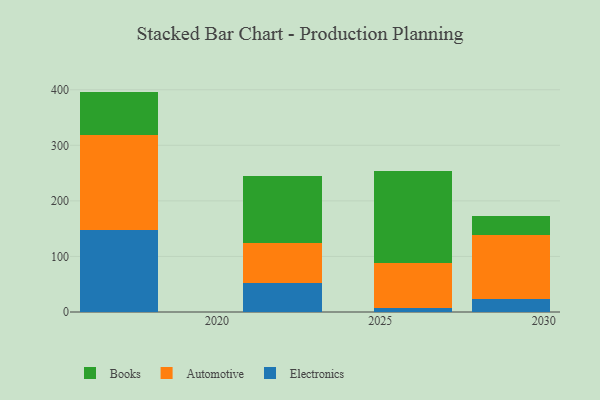
{"axis": {"x": "Year", "y": "Energy Usage (MWh)"}, "legend": ["Automotive", "Books", "Electronics"], "data": [{"x": "2017", "y": 147.6, "type": "Electronics"}, {"x": "2017", "y": 171.8, "type": "Automotive"}, {"x": "2017", "y": 77.3, "type": "Books"}, {"x": "2029", "y": 23.0, "type": "Electronics"}, {"x": "2029", "y": 114.9, "type": "Automotive"}, {"x": "2029", "y": 35.4, "type": "Books"}, {"x": "2026", "y": 7.6, "type": "Electronics"}, {"x": "2026", "y": 81.4, "type": "Automotive"}, {"x": "2026", "y": 165.6, "type": "Books"}, {"x": "2022", "y": 51.9, "type": "Electronics"}, {"x": "2022", "y": 72.5, "type": "Automotive"}, {"x": "2022", "y": 120.5, "type": "Books"}]}